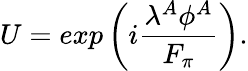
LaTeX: U=exp\left(i{\frac{\lambda^{A}\phi^{A}}{F_{\pi}}}\right).